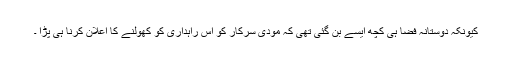
کیونکہ دوستانہ فضا ہی کچھ ایسے بن گئی تھی کہ مودی سرکار کو اس راہداری کو کھولنے کا اعلان کرنا ہی پڑا ۔